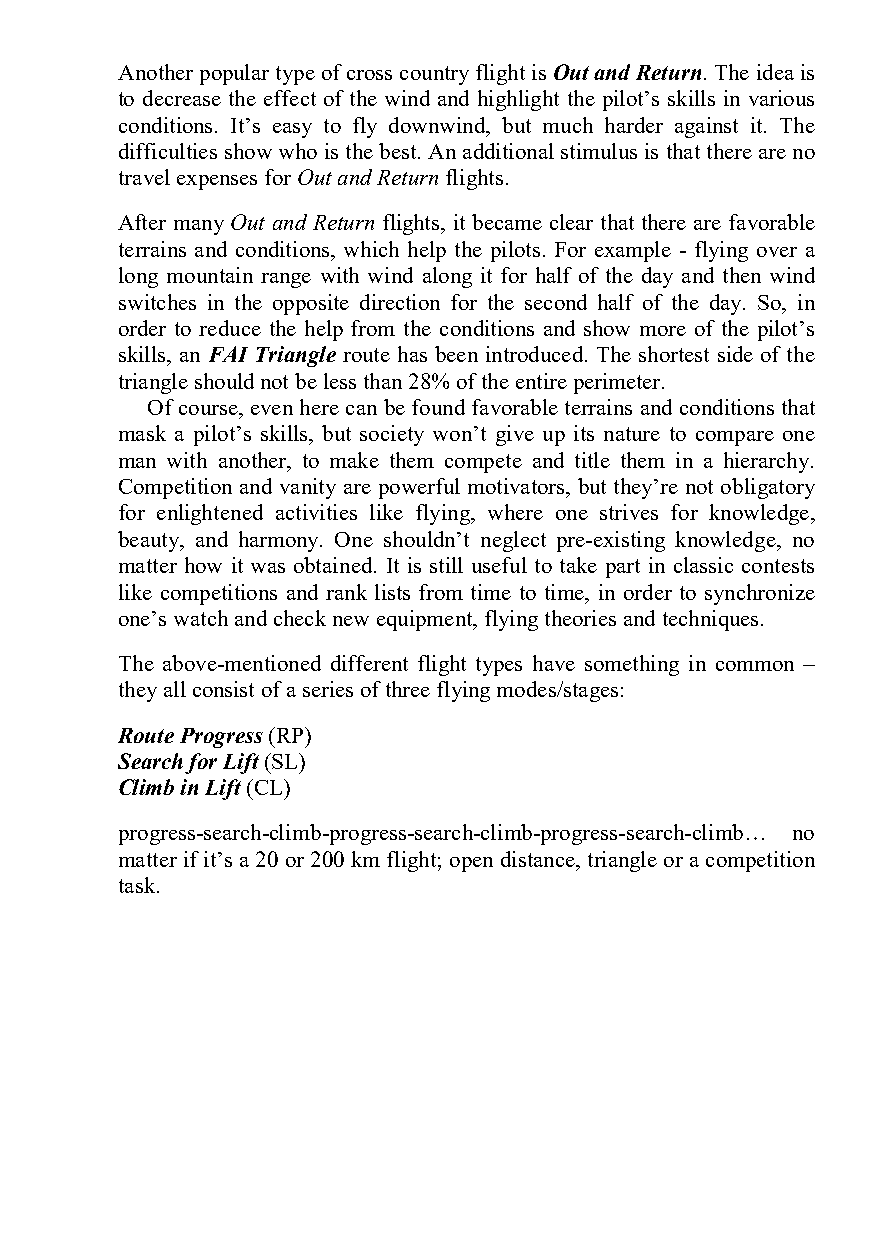
Another popular type of cross country flight is Out and Return. The idea is
 to decrease the effect of the wind and highlight the pilot’s skills in various
 conditions. It’s easy to fly downwind, but much harder against it. The
 difficulties show who is the best. An additional stimulus is that there are no
 travel expenses for Out and Return flights.
 After many Out and Return flights, it became clear that there are favorable
 terrains and conditions, which help the pilots. For example - flying over a
 long mountain range with wind along it for half of the day and then wind
 switches in the opposite direction for the second half of the day. So, in
 order to reduce the help from the conditions and show more of the pilot’s
 skills, an FAI Triangle route has been introduced. The shortest side of the
 triangle should not be less than 28% of the entire perimeter.
 Of course, even here can be found favorable terrains and conditions that
 mask a pilot’s skills, but society won’t give up its nature to compare one
 man with another, to make them compete and title them in a hierarchy.
 Competition and vanity are powerful motivators, but they’re not obligatory
 for enlightened activities like flying, where one strives for knowledge,
 beauty, and harmony. One shouldn’t neglect pre-existing knowledge, no
 matter how it was obtained. It is still useful to take part in classic contests
 like competitions and rank lists from time to time, in order to synchronize
 one’s watch and check new equipment, flying theories and techniques.
 The above-mentioned different flight types have something in common –
 they all consist of a series of three flying modes/stages:
 Route Progress (RP)
 Search for Lift (SL)
 Climb in Lift (CL)
 progress-search-climb-progress-search-climb-progress-search-climb… no
 matter if it’s a 20 or 200 km flight; open distance, triangle or a competition
 task.